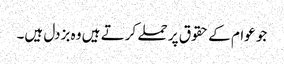
جو عوام کے حقوق پر حملے کرتے ہیں وہ بزدل ہیں۔